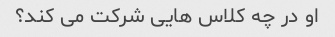
او در چه کلاس هایی شرکت می کند؟